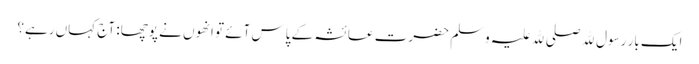
ایک بار رسول ﷲ صلی ﷲ علیہ وسلم حضرت عائشہ کے پاس آئے تو انھوں نے پوچھا: آج کہاں رہے؟